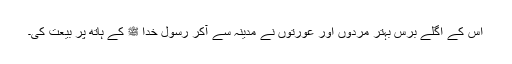
اس کے اگلے برس بہتّر مردوں اور عورتوں نے مدینہ سے آکر رسول خدا ﷺ کے ہاتھ پر بیعت کی۔